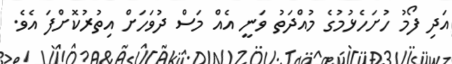
އަދި ފޯމު ހުށަހެޅުމުގެ މުއްދަތު ވަނީ އެއް މަސް ދުވަހަށް އިތުރުކޮށްފަ އެވެ.